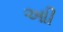
આી